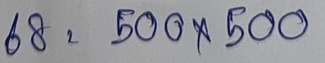
68 = 500 x 500